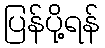
ပြန်ပို့ရန်